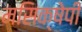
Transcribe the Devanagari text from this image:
मसिक्षेपी